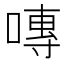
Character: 𭉾